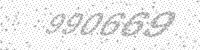
Solution: 990669